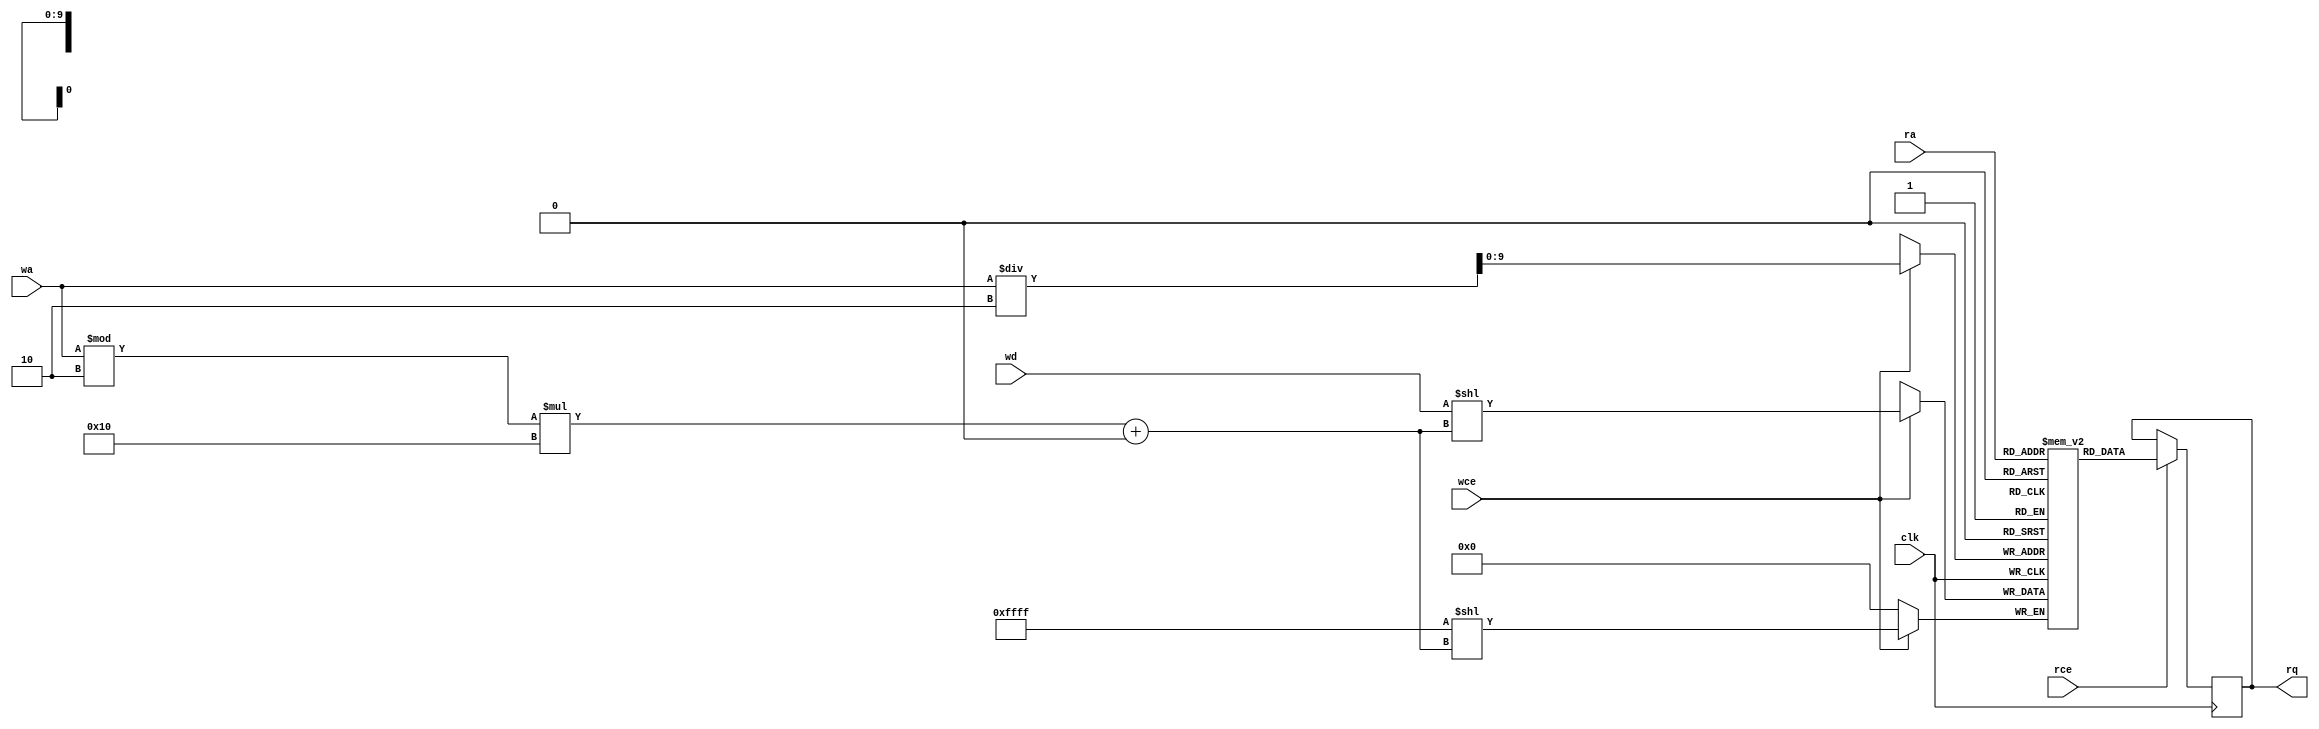
// Copyright (C) 2022 RapidSilicon
//

module spram_16x2048_32x1024 (
	clk,
	rce,
	ra,
	rq,
	wce,
	wa,
	wd
);
	input clk;
	input rce;
	input [9:0] ra;
	output reg [31:0] rq;
	input wce;
	input [10:0] wa;
	input [15:0] wd;
	reg [31:0] memory [0:1023];
	always @(posedge clk) begin
		if (rce)
			rq <= memory[ra];
		if (wce)
			memory[wa / 2][(wa % 2) * 16+:16] <= wd;
	end
	integer i;
	initial for (i = 0; i < 1024; i = i + 1)
		memory[i] = 0;
endmodule

module spram_8x2048_16x1024 (
	clk,
	rce,
	ra,
	rq,
	wce,
	wa,
	wd
);
	input clk;
	input rce;
	input [9:0] ra;
	output reg [15:0] rq;
	input wce;
	input [10:0] wa;
	input [7:0] wd;
	reg [15:0] memory [0:1023];
	always @(posedge clk) begin
		if (rce)
			rq <= memory[ra];
		if (wce)
			memory[wa / 2][(wa % 2) * 8+:8] <= wd;
	end
	integer i;
	initial for (i = 0; i < 1024; i = i + 1)
		memory[i] = 0;
endmodule

module spram_8x4096_16x2048 (
	clk,
	rce,
	ra,
	rq,
	wce,
	wa,
	wd
);
	input clk;
	input rce;
	input [10:0] ra;
	output reg [15:0] rq;
	input wce;
	input [11:0] wa;
	input [7:0] wd;
	reg [15:0] memory [0:2047];
	always @(posedge clk) begin
		if (rce)
			rq <= memory[ra];
		if (wce)
			memory[wa / 2][(wa % 2) * 8+:8] <= wd;
	end
	integer i;
	initial for (i = 0; i < 2048; i = i + 1)
		memory[i] = 0;
endmodule

module spram_8x4096_32x1024 (
	clk,
	rce,
	ra,
	rq,
	wce,
	wa,
	wd
);
	input clk;
	input rce;
	input [9:0] ra;
	output reg [31:0] rq;
	input wce;
	input [11:0] wa;
	input [7:0] wd;
	reg [31:0] memory [0:1023];
	always @(posedge clk) begin
		if (rce)
			rq <= memory[ra];
		if (wce)
			memory[wa / 4][(wa % 4) * 8+:8] <= wd;
	end
	integer i;
	initial for (i = 0; i < 1024; i = i + 1)
		memory[i] = 0;
endmodule